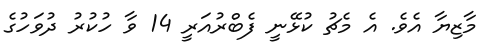
މާޒިޔާ އެވެ. އެ މެޗު ކުޅޭނީ ފެބްރުއަރީ 14 ވާ ހުކުރު ދުވަހުގެ